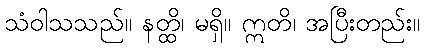
သံဝါသသည်။ နတ္ထိ၊ မရှိ။ ဣတိ၊ အပြီးတည်း။